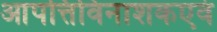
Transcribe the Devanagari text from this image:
आपत्तिविनाशकएवं